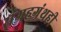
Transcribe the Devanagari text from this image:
संग्रहग्रंथही